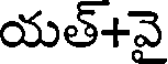
యత్+వై